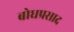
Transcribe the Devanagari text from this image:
बोधप्रसाद